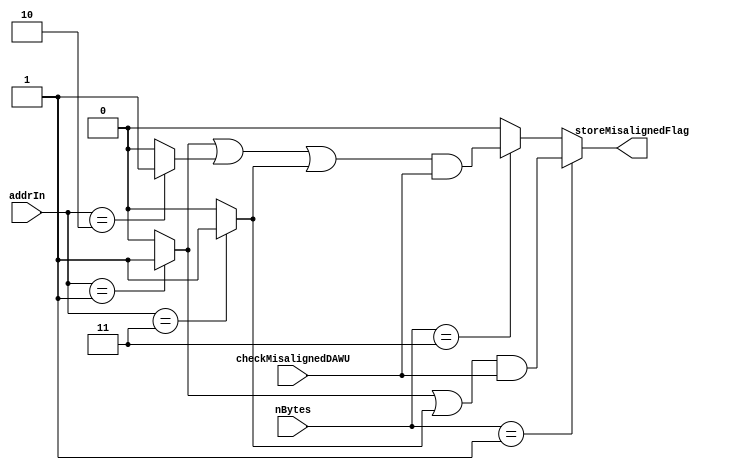
// **************************************************************************************
// Project: AFTAB
// Version: 1.0
// Date:
//
// Module Name: aftab_DAWU_errorDetector
// Description:
//
// Dependencies:
//
// File content description:
// DAWU_errorDetector for AFTAB DAWU
//
// **************************************************************************************
`timescale 1ns/1ns

module aftab_DAWU_errorDetector #(parameter size = 32) (
    input [1:0] nBytes,
    input [1:0] addrIn,
    input checkMisalignedDAWU,
    output storeMisalignedFlag
);

    wire cmp_01;
    wire cmp_10;
    wire cmp_11;

    assign cmp_01 = (addrIn == 2'b01) ? 1'b1 : 1'b0;
    assign cmp_10 = (addrIn == 2'b10) ? 1'b1 : 1'b0;
    assign cmp_11 = (addrIn == 2'b11) ? 1'b1 : 1'b0;

    assign storeMisalignedFlag = (nBytes == 2'B01) ? ((cmp_01 | cmp_11) & checkMisalignedDAWU) :
                                 (nBytes == 2'b11) ? ((cmp_01 | cmp_10 | cmp_11) & checkMisalignedDAWU) : 1'b0;
endmodule